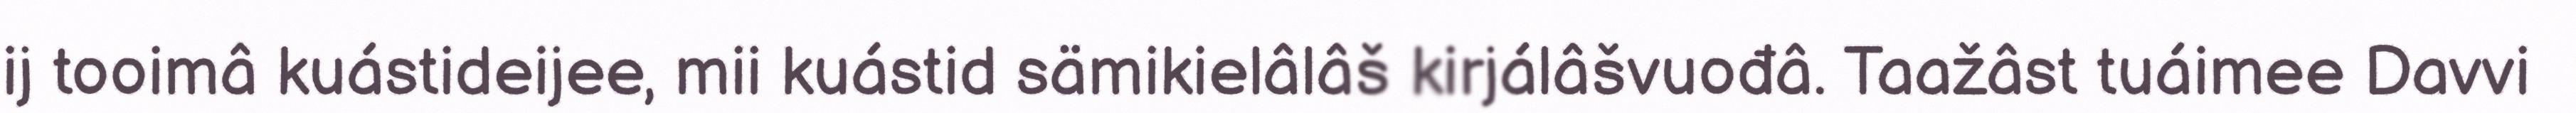
ij tooimâ kuástideijee, mii kuástid sämikielâlâš kirjálâšvuođâ. Taažâst tuáimee Davvi